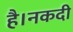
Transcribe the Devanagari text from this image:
है।नकदी